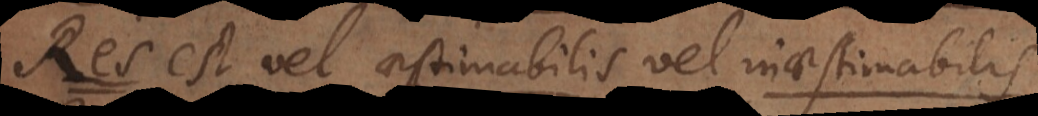
Factum vel aestimabile vel inaestimabile